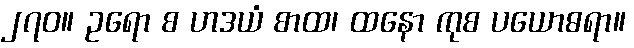
၂၇၀။ ဥရော စ ဟဒယံ စာထ၊ ထနော ကုစ ပယောဓရာ။